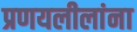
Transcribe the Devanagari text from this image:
प्रणयलीलांना